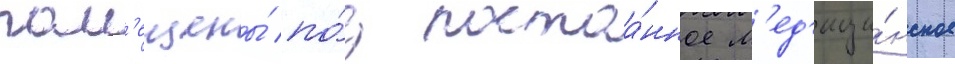
пом'ещены́ по́д постоа́нное м'ед'ици́нское